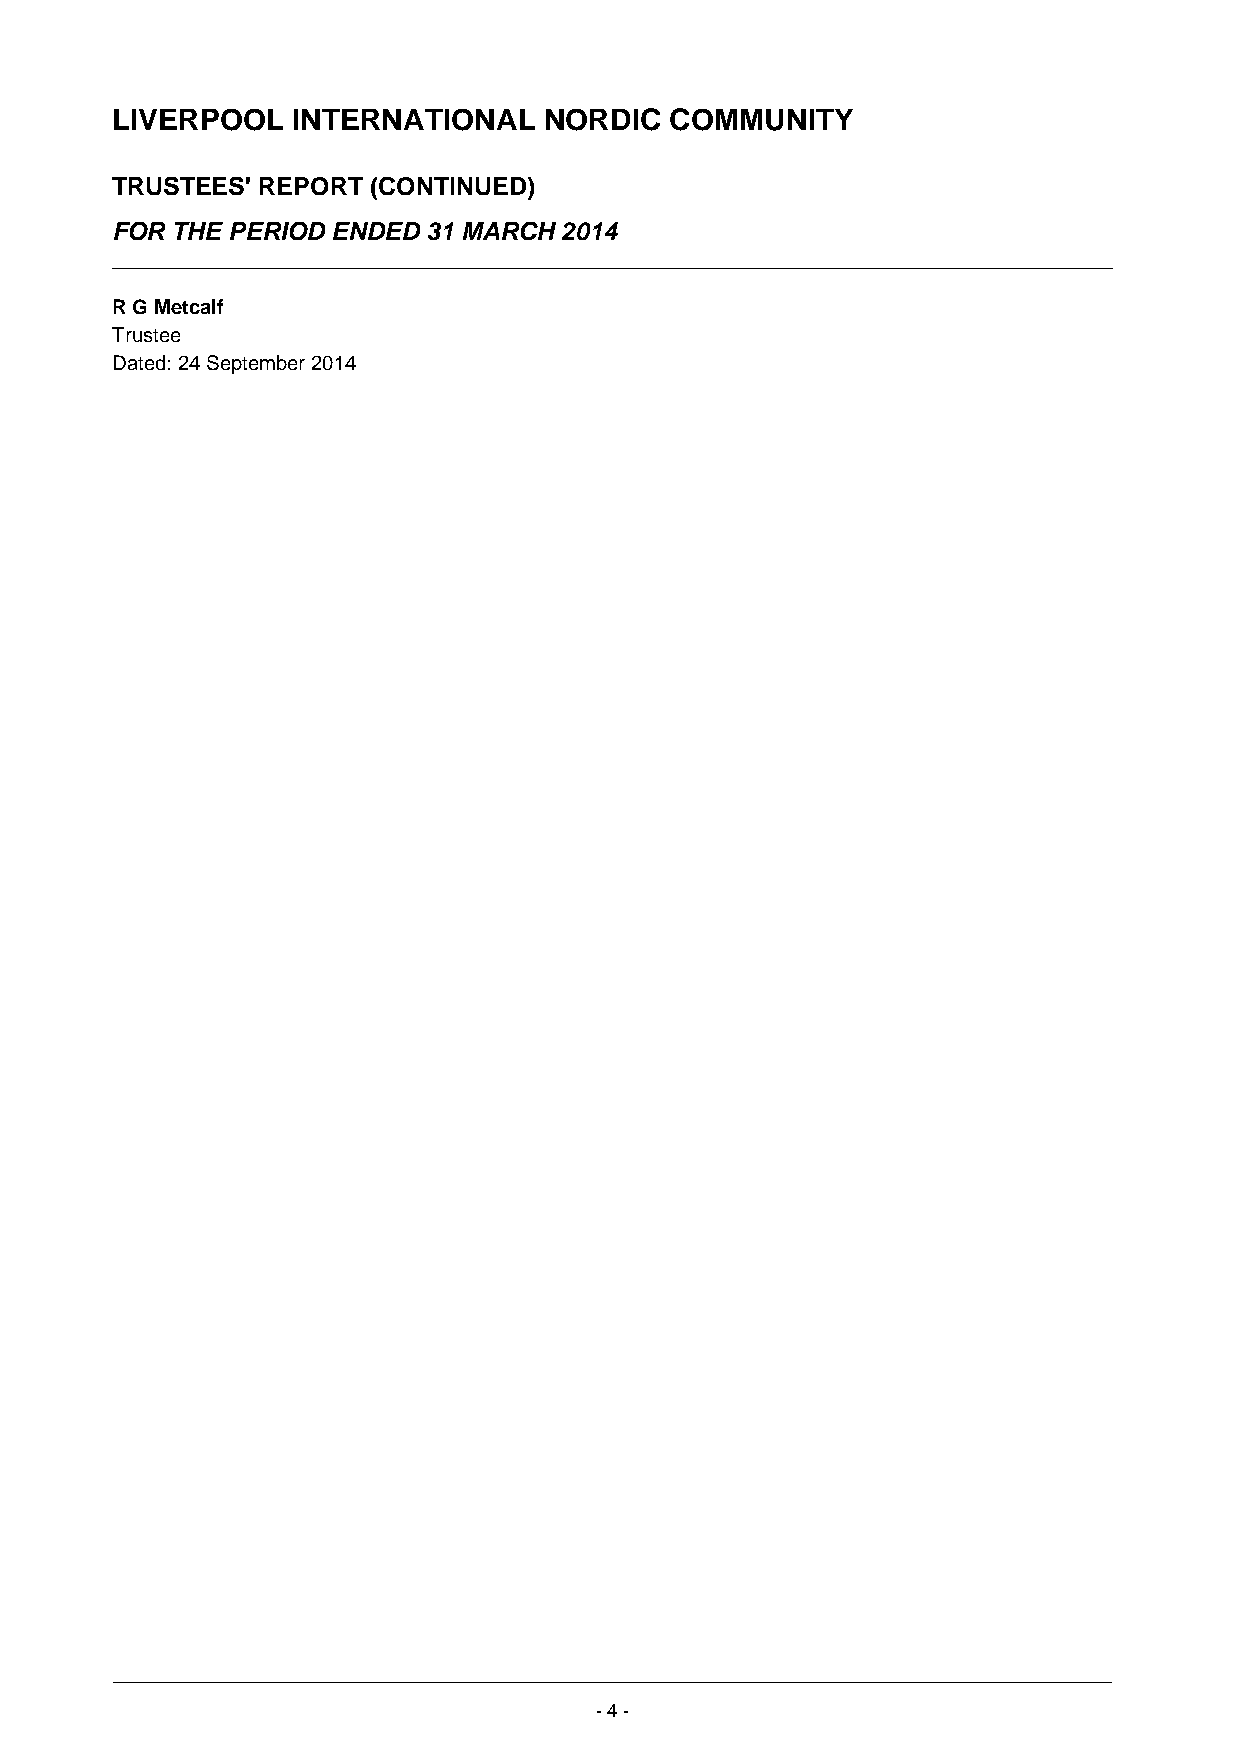
LIVERPOOL   INTERNATIONAL    NORDIC  COMMUNITY
 TRUSTEES' REPORT (CONTINUED)
 FOR THE PERIOD ENDED 31 MARCH 2014
 R G Metcalf
 Trustee
 Dated: 24 September 2014
 - 4 -